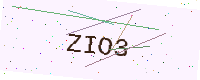
Text: ZIO3